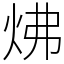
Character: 炥